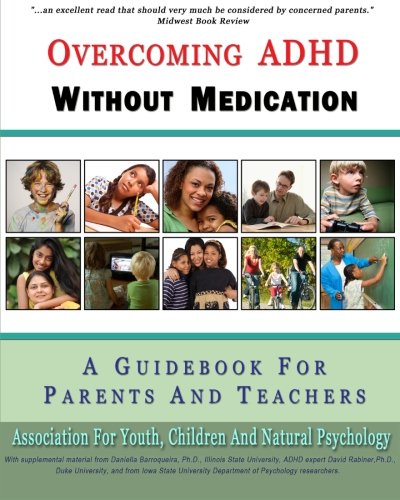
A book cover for Overcoming ADHD Without Medication: A Guidebook for Parents and Teachers; Association for Natural Psychology; Health, Fitness & Dieting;